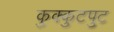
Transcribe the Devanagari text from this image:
कुक्कुटपुट